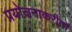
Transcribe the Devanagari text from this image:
प्रयोजनाकरीता